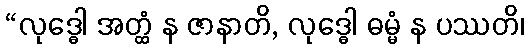
“လုဒ္ဓေါ အတ္ထံ န ဇာနာတိ, လုဒ္ဓေါ ဓမ္မံ န ပဿတိ၊